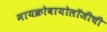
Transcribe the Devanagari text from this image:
मायक्रोबायोलॉजीची